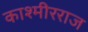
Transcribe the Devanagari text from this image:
काश्मीरराज